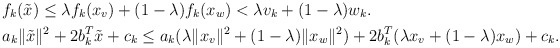
\begin{align*} &f_k(\Tilde{x})\le\lambda f_k(x_v)+(1-\lambda)f_k(x_w)<\lambda v_k+(1-\lambda)w_k.\\ &a_k \|\Tilde{x}\|^2+2b_k^T\Tilde{x}+c_k\le a_k(\lambda \|x_v\|^2 + (1-\lambda)\|x_w\|^2)+2b_k^T(\lambda x_v + (1-\lambda)x_w)+c_k. \end{align*}